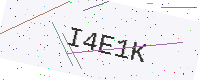
Text: I4E1K